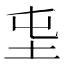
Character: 𡉫